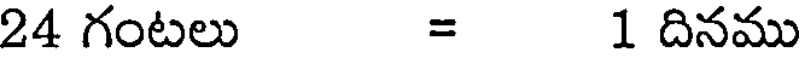
24 గంటలు = 1 దినము